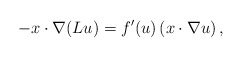
\begin{align*}- x \cdot \nabla ( Lu ) = f'(u) \left (x \cdot \nabla u\right ),\end{align*}